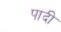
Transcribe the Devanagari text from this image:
पादी